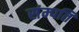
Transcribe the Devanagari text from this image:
संम्पति